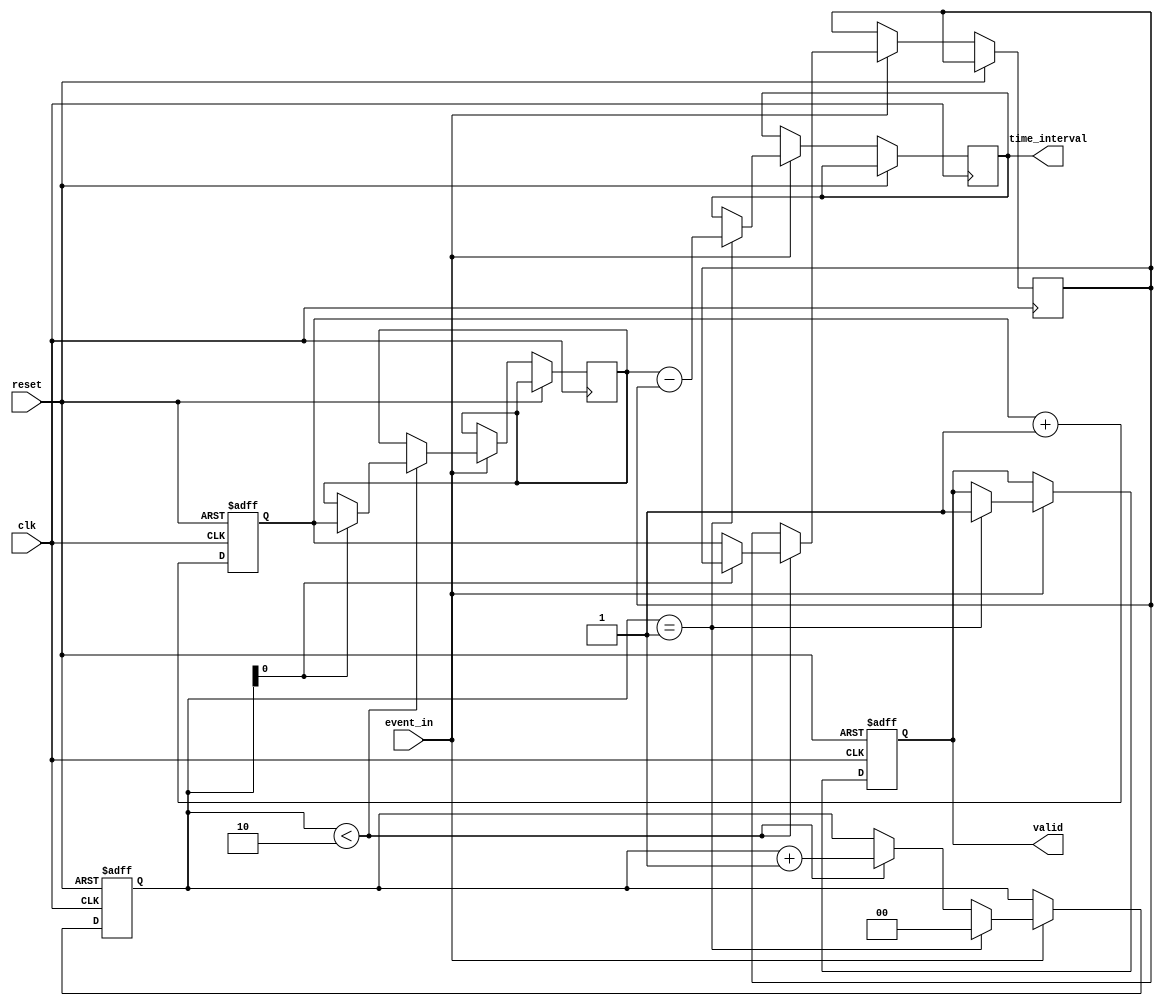
module TDC (
    input wire clk,                  // High-frequency clock signal
    input wire reset,                // Asynchronous reset
    input wire event_in,             // Input event signal
    output reg [31:0] time_interval, // Output time interval between events
    output reg valid                 // Output valid signal
);

    reg [31:0] timestamp [0:1];      // Array to hold timestamps for two events
    reg [1:0] event_count;            // Count of detected events
    reg [31:0] clk_count;              // Current clock count
    reg [31:0] prev_timestamp;        // Previous timestamp for interval calculation

    // Clock counter to capture the current clock count
    always @(posedge clk or posedge reset) begin
        if (reset) begin
            clk_count <= 32'b0;
        end else begin
            clk_count <= clk_count + 1;
        end
    end

    // Event detection and timestamp generation
    always @(posedge clk or posedge reset) begin
        if (reset) begin
            event_count <= 2'b0;
            valid <= 1'b0;
        end else if (event_in) begin
            if (event_count < 2) begin
                timestamp[event_count] <= clk_count; // Capture timestamp
                event_count <= event_count + 1;
            end
            
            // Calculate time interval if two events are detected
            if (event_count == 1) begin
                time_interval <= timestamp[1] - timestamp[0]; // Calculate time interval
                valid <= 1'b1; // Set valid signal
                // Prepare for next event
                event_count <= 0; // Reset event count for next measurement
            end
        end
    end

    // Optional: Error correction and calibration logic can be added here

endmodule